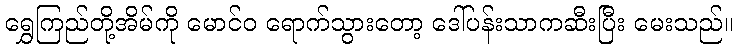
ရွှေကြည်တို့အိမ်ကို မောင်ဝ ရောက်သွားတော့ ဒေါ်ပန်းသာကဆီးပြီး မေးသည်။